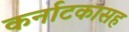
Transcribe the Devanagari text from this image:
कर्नाटकासह